Annual administration report of the Civil Veterinary Department of India - 1894-1895
Year: 1894
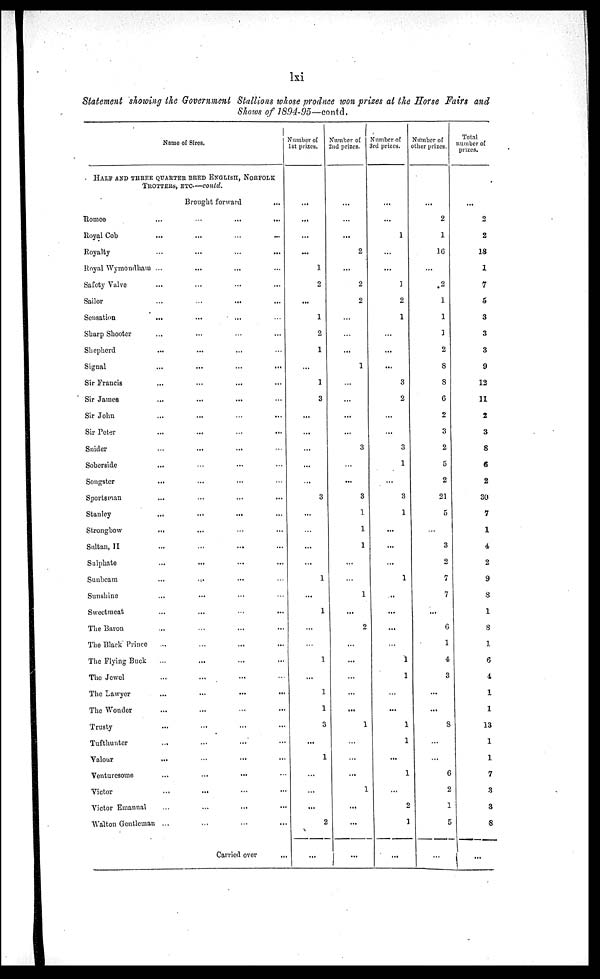
lxi
Statement showing the Government Stallions whose produce won prizes at the Horse Fairs and
Shows of 1894-95—contd.
Name of Sires.
HALF AND THREE QUARTER BRED ENGLISH, NORFOLK
TROTTERS, ETC.—contd.
Brought forward
...
Romeo...
…
...
...
Royal Cob
...
...
…
...
Royalty
…
...
…
...
Royal Wymondham
…
...
...
...
Safety Valve
...
...
...
...
Sailor
...
…
...
...
Sensation
...
...
... …
Sharp Shooter... … … …
Shepherd
...
...
... …
Signal
...
...
...
...
Sir Francis
...
…
...
...
Sir James
... ...
...
...
Sir John
...
...
…
...
Sir Peter
...
...
…
...
Snider
…
...
... …
Soberside
... … … …
Songster
...
... … …
Sportsman
...
...
...
...
Stanley
...
...
...
...
Strongbow...
...
…
...
Saltan, II
...
...
...
...
Sulphate
...
...
...
...
Sunbeam
... ... … …
Sunshine
...
... … …
Sweetmeat
...
...
…
...
The Baron
...
…
...
...
The Black Prince
...
…
...
...
The Flying Buck
...
...
...
...
The Jewel
...
...
... …
The Lawyer
...
...
...
...
The Wonder
...
...
...
...
Trusty
...
...
...
...
Tufthunter
...
…
... …
Valour...
…
...
...
Venturesome
...
...
... …
Victor
...
...
... ...
Victor Emannal
…
…
...
...
Walton Gentleman ...
...
...
...
Carried over
...
Number of
1st prizes.
...
...
...
...
1
2
...
1
2
1
…
1
3
...
...
...
...
...
3
…
…
…
...
1
...
1
…
…
1
...
1
1
3
...
1
...
...
...
2
...
Number of
2nd prizes.
...
…
...
2
...
2
2
...
…
...
1
...
...
...
…
3
…
...
3
1
1
1
...
…
1
...
2
...
...
...
...
...
1
...
...
...
1
...
...
…
Number of
3rd prizes.
...
...
1
…
...
…
2
1
...
...
...
3
2
…
...
3
1
...
3
1
...
...
...
1
...
...
...
...
1
1
...
...
1
1
...
1
...
2
1
...
Number of
other prizes.
...
2
1
16
...
2
1
1
1
2
8
8
6
2
3
2
5
2
21
5
...
3
2
7
7
...
6
1
4
3
...
...
8
…
...
6
2
1
5
...
Total
number of
prizes.
...
2
2
18
1
7
5
3
3
3
9
12
11
2
3
8
6
2
30
7
1
4
2
9
8
1
8
1
6
4
1
1
13
1
1
7
3
3
8
...